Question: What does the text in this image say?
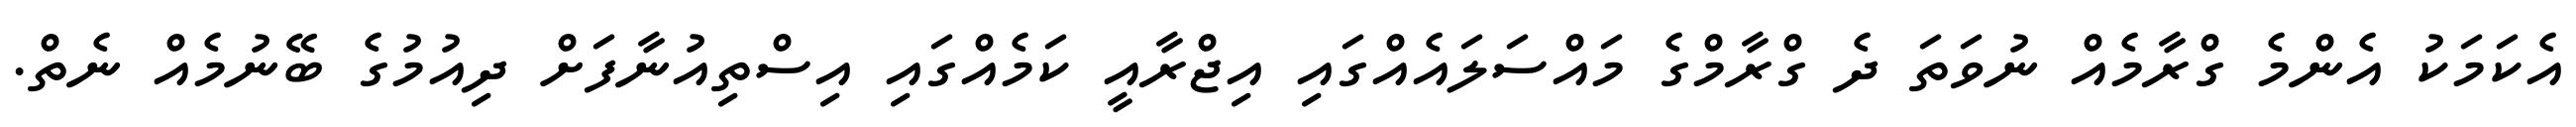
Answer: އެކަމަކު އެންމެ ގްރާމެއް ނުވަތަ ދެ ގްރާމްގެ މައްސަލައެއްގައި އިޖްރާއީ ކަމެއްގައި އިސްތިއުނާފަށް ދިއުމުގެ ބޭނުމެއް ނެތް.